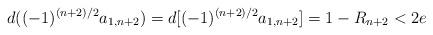
LaTeX: \begin{align*} d((-1)^{(n+2)/2}a_{1,n+2})=d[(-1)^{(n+2)/2}a_{1,n+2}]=1-R_{n+2}<2e \end{align*}